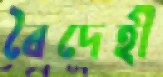
বৈদেহী